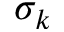
\sigma _ { k }